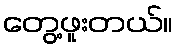
တွေ့ဖူးတယ်။